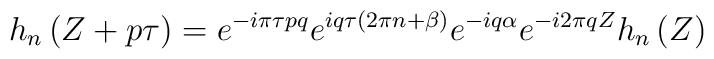
h_{n}\left( Z+p\tau\right) =e^{-i\pi\tau pq}e^{iq\tau\left(2\pi n + \beta \right)}e^{-iq\alpha}e^{-i2\pi qZ}h_{n}\left(Z\right)